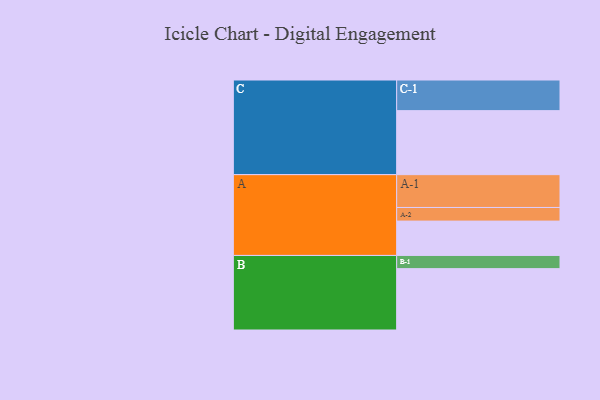
{"axis": {"x": "Segment", "y": "Value"}, "legend": ["", "A", "B", "C"], "data": [{"x": "A", "y": 313, "type": ""}, {"x": "B", "y": 559, "type": ""}, {"x": "C", "y": 583, "type": ""}, {"x": "A-1", "y": 299, "type": "A"}, {"x": "A-2", "y": 124, "type": "A"}, {"x": "B-1", "y": 120, "type": "B"}, {"x": "C-1", "y": 279, "type": "C"}]}